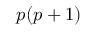
p ( p + 1 )